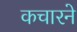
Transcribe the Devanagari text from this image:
कचारने